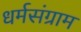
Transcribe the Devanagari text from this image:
धर्मसंग्राम